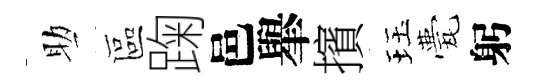
助區踘邑𦦙擯珏甍躬